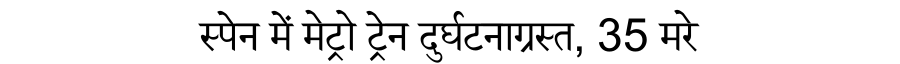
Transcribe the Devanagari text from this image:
स्पेन में मेट्रो ट्रेन दुर्घटनाग्रस्त, 35 मरे